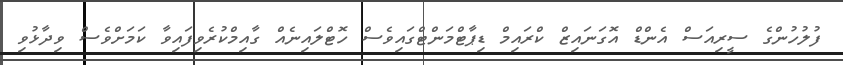
ފުލުހުންގެ ސީރިއަސް އެންޑް އޮގަނައިޒް ކްރައިމް ޑިޕާޓްމަންޓްގައިވެސް ހޮޓްލައިނެއް ގާއިމްކުރެވިފައިވާ ކަމަށްވެސް ވިދާޅުވި